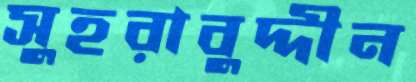
সুহরাবুদ্দীন